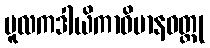
မူလကဒါယိကာဝိမာနဝတ္ထု